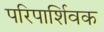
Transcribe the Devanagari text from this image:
परिपार्शिवक